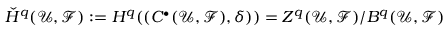
{ \check { H } } ^ { q } ( { \mathcal { U } } , { \mathcal { F } } ) : = H ^ { q } ( ( C ^ { \bullet } ( { \mathcal { U } } , { \mathcal { F } } ) , \delta ) ) = Z ^ { q } ( { \mathcal { U } } , { \mathcal { F } } ) / B ^ { q } ( { \mathcal { U } } , { \mathcal { F } } )